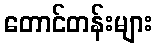
တောင်တန်းများ